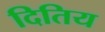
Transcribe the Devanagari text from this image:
दितिय